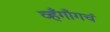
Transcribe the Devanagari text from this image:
व्हँगाँगचं